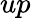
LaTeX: up